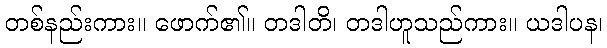
တစ်နည်းကား။ ဖောက်၏။ တဒါတိ၊ တဒါဟူသည်ကား။ ယဒါပန၊